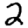
Digit: 2